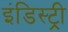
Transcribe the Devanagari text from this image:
इंडिस्ट्री